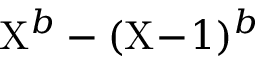
\mathrm { X } ^ { b } - ( \mathrm { X } \! - \! 1 ) ^ { b }